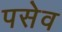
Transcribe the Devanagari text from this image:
पसेव